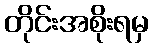
တိုင်းအစိုးရမှ